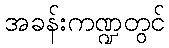
အခန်းကဏ္ဍတွင်